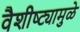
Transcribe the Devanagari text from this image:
वैशीष्ट्यामुळे